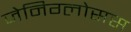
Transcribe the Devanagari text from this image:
जेनिग्लोसस